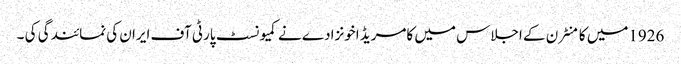
1926میں کامنٹرن کے اجلاس میں کامریڈ اخونزادے نے کمیونسٹ پارٹی آف ایران کی نمائندگی کی ۔